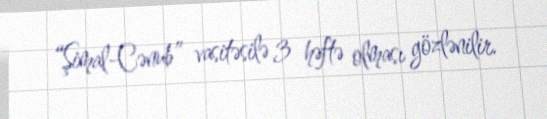
“Şimal-Cənub” vasitəsilə 3 həftə olması gözlənilir.